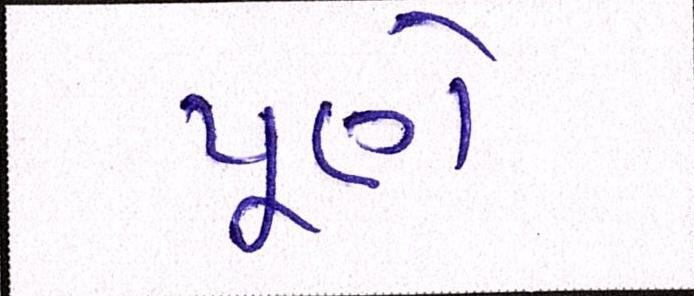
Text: પૂણે